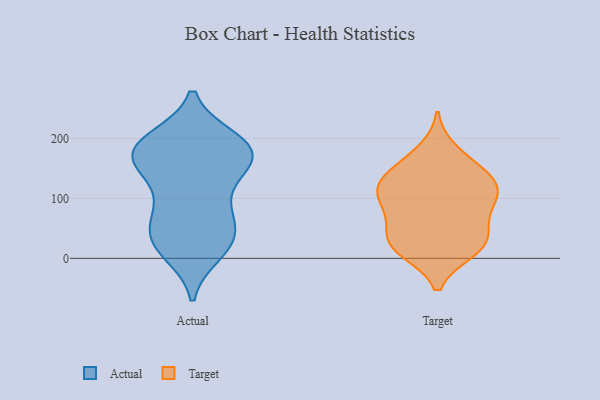
{"axis": {"x": "Bounce Rate (%)", "y": "Value"}, "legend": ["Actual", "Target"], "data": [{"x": "", "y": 198, "type": "Actual"}, {"x": "", "y": 169, "type": "Actual"}, {"x": "", "y": 192, "type": "Actual"}, {"x": "", "y": 172, "type": "Actual"}, {"x": "", "y": 153, "type": "Actual"}, {"x": "", "y": 26, "type": "Actual"}, {"x": "", "y": 76, "type": "Actual"}, {"x": "", "y": 33, "type": "Actual"}, {"x": "", "y": 171, "type": "Actual"}, {"x": "", "y": 75, "type": "Actual"}, {"x": "", "y": 179, "type": "Actual"}, {"x": "", "y": 61, "type": "Actual"}, {"x": "", "y": 19, "type": "Actual"}, {"x": "", "y": 196, "type": "Actual"}, {"x": "", "y": 151, "type": "Actual"}, {"x": "", "y": 142, "type": "Actual"}, {"x": "", "y": 29, "type": "Actual"}, {"x": "", "y": 189, "type": "Actual"}, {"x": "", "y": 10, "type": "Actual"}, {"x": "", "y": 96, "type": "Actual"}, {"x": "", "y": 13, "type": "Target"}, {"x": "", "y": 29, "type": "Target"}, {"x": "", "y": 121, "type": "Target"}, {"x": "", "y": 117, "type": "Target"}, {"x": "", "y": 13, "type": "Target"}, {"x": "", "y": 80, "type": "Target"}, {"x": "", "y": 178, "type": "Target"}, {"x": "", "y": 65, "type": "Target"}, {"x": "", "y": 96, "type": "Target"}, {"x": "", "y": 121, "type": "Target"}, {"x": "", "y": 105, "type": "Target"}, {"x": "", "y": 28, "type": "Target"}, {"x": "", "y": 148, "type": "Target"}, {"x": "", "y": 146, "type": "Target"}, {"x": "", "y": 35, "type": "Target"}]}